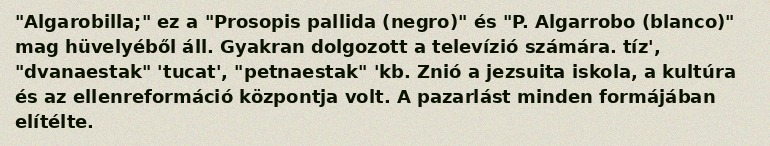
"Algarobilla;" ez a "Prosopis pallida (negro)" és "P. Algarrobo (blanco)" mag hüvelyéből áll. Gyakran dolgozott a televízió számára. tíz', "dvanaestak" 'tucat', "petnaestak" 'kb. Znió a jezsuita iskola, a kultúra és az ellenreformáció központja volt. A pazarlást minden formájában elítélte.